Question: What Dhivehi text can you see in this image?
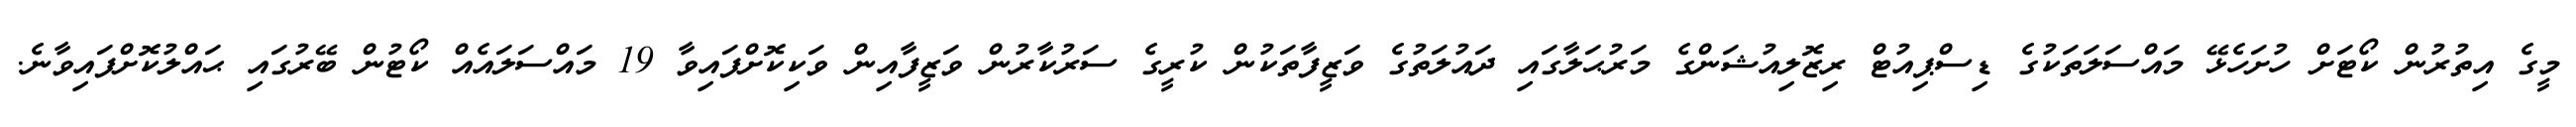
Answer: މީގެ އިތުރުން ކޯޓަށް ހުށަހެޅޭ މައްސަލަތަކުގެ ޑިސްޕިއުޓް ރިޒޮލިއުޝަންގެ މަރުޙަލާގައި ދައުލަތުގެ ވަޒީފާތަކުން ކުރީގެ ސަރުކާރުން ވަޒީފާއިން ވަކިކޮށްފައިވާ 19 މައްސަލައެއް ކޯޓުން ބޭރުގައި ޙައްލުކޮށްފައިވާނެ.